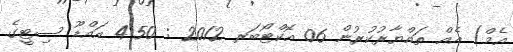
އެމް) އެއް ތައްޔާރުކުރުން 06 އޮކްޓޯބަރ 2012 : 4:50 އައްޑޫ ސިޓީގެ